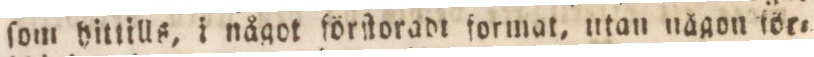
ſom hittills, i något förſtoradt format, utan någon för=